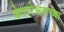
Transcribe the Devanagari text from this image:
केदारेश्वराच्या